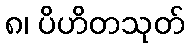
၈၊ ပိဟိတသုတ်